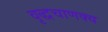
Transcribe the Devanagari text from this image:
वृद्धचाणक्य